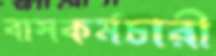
বাসকর্মচারী